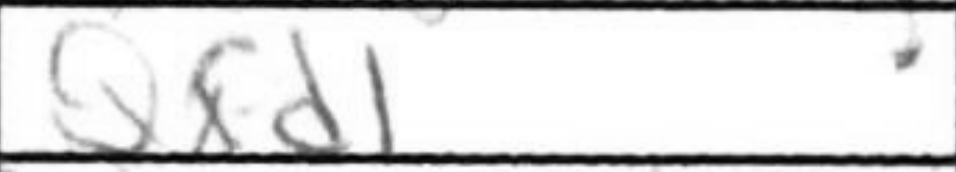
Transcription: Qxd1